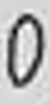
$0$